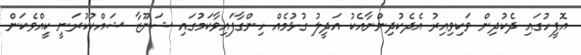
އޮފީހުގައި ދެކުދިން ވަކިވިއިރު އެދެކުދިންނާއެކު އަދީލު ގުޅުމެއް ހިންގާފައިވާކަމުގައި ޝަނޫޒާ ޝައްކުކުރަނީ ކީއްވެކަން